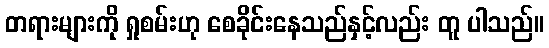
တရားများကို ရှုစမ်းဟု စေခိုင်းနေသည်နှင့်လည်း တူ ပါသည်။